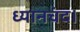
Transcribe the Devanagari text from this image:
ध्यानचंद।